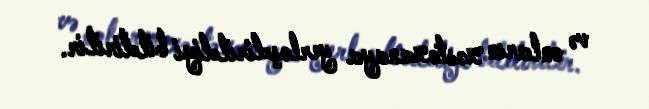
və onların xəstəxanaya yerləşdirildiyi bildirilir.